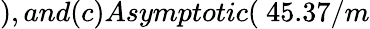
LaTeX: ),and(c)Asymptotic(\ 45.37/m